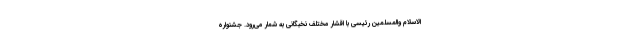
الاسلام والمسلمین رئیسی با اقشار مختلف نخبگانی به شمار می‌رود. جشنواره